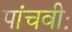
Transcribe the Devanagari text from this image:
पांचवीः